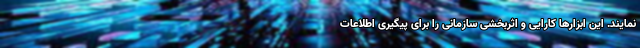
نمایند. این ابزارها کارایی و اثربخشی سازمانی را برای پیگیری اطلاعات